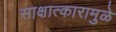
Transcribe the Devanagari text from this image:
साक्षात्कारामुळे